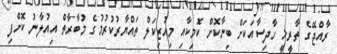
ރާއްޖޭގެ ތާރީޚީ ހާދިސާއަކަށް ބިނާކޮށް ކޮމިކާއި މިއުޒިކަލް ތައްޔާރުކުރުމުގެ މުބާރާތް އިއުލާނު ކޮށްފި